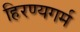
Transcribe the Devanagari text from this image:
हिरण्यगर्म